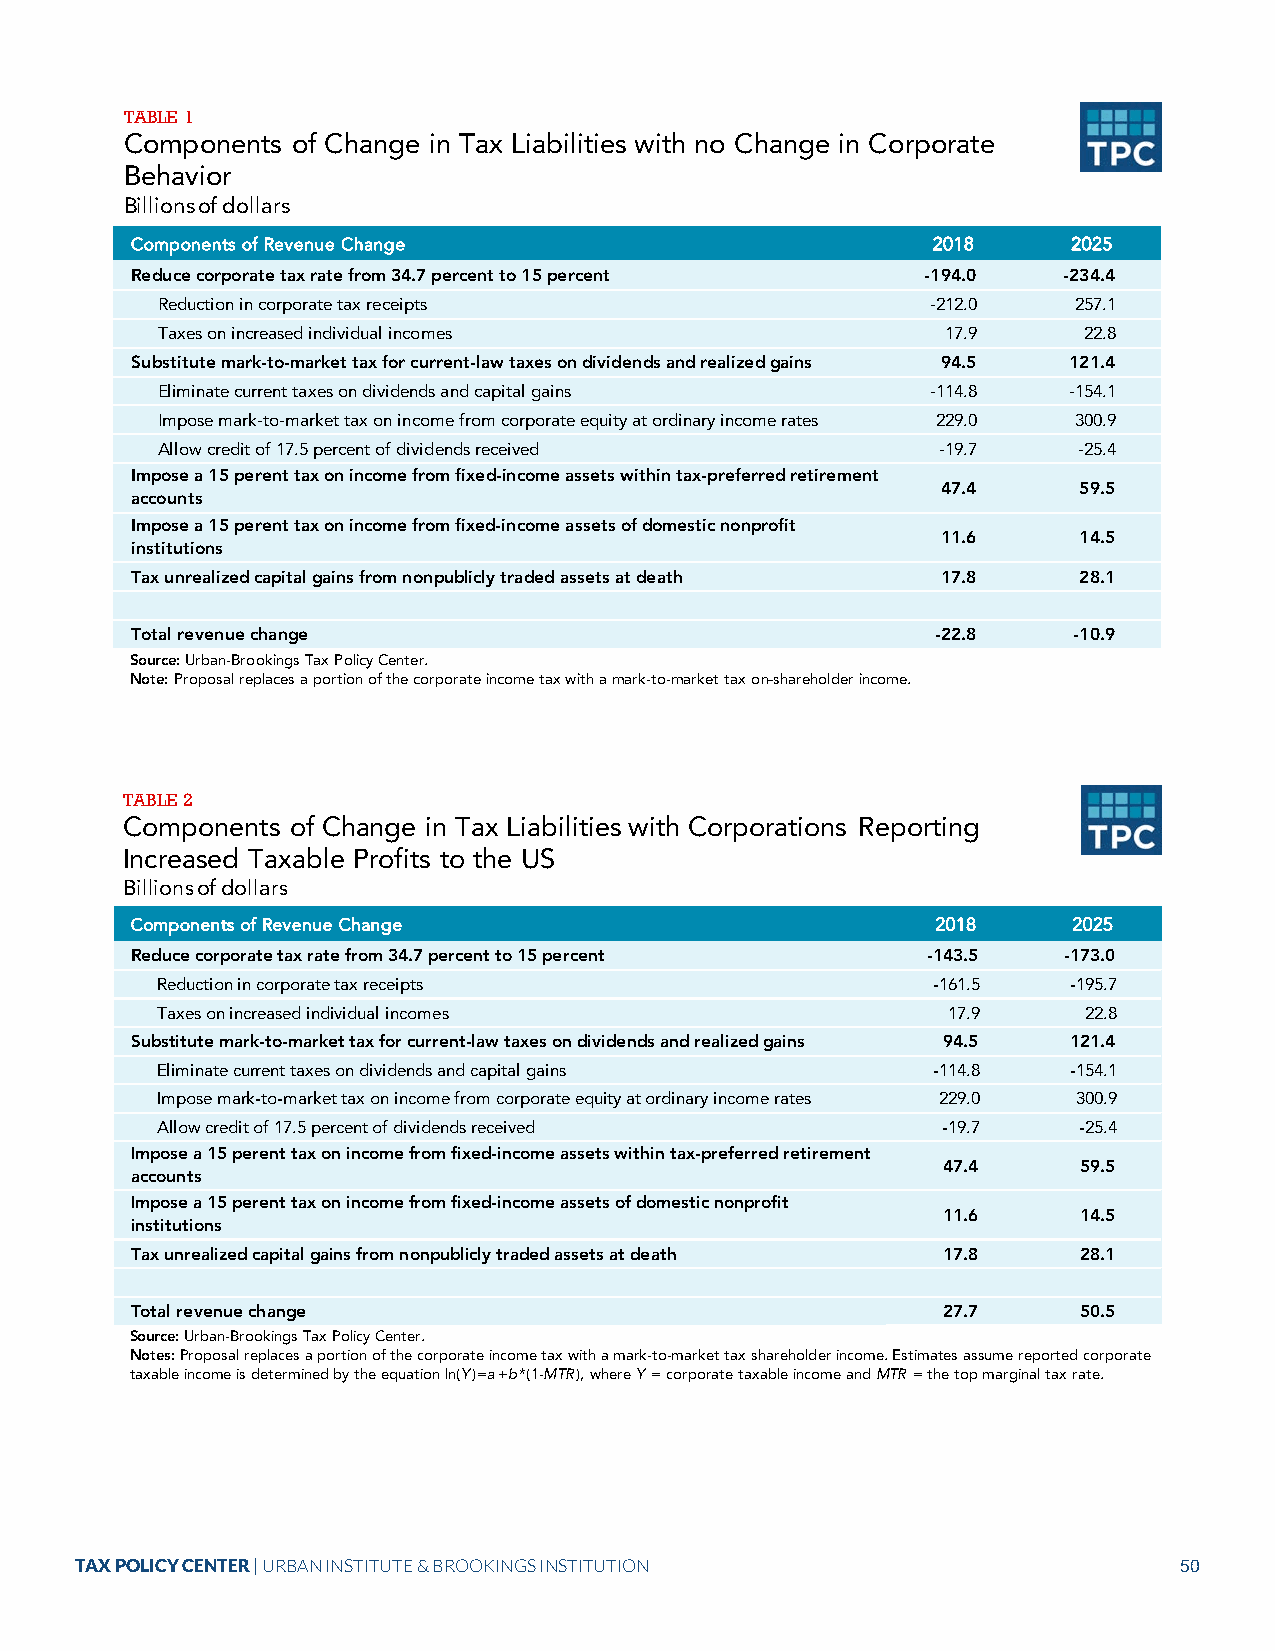
TABLE 1
 Components of Change in Tax Liabilities with no Change in Corporate
 Behavior
 Billions of dollars
 Components of Revenue Change                         2018     2025
 Reduce corporate tax rate from 34.7 percent to 15 percent -194.0 -234.4
 Reduction in corporate tax receipts                 -212.0   257.1
 Taxes on increased individual incomes                17.9     22.8
 Substitute mark-to-market tax for current-law taxes on dividends and realized gains 94.5 121.4
 Eliminate current taxes on dividends and capital gains -114.8 -154.1
 Impose mark-to-market tax on income from corporate equity at ordinary income rates 229.0 300.9
 Allow credit of 17.5 percent of dividends received  -19.7    -25.4
 Impose a 15 perent tax on income from fixed-income assets within tax-preferred retirement
 47.4     59.5
 accounts
 Impose a 15 perent tax on income from fixed-income assets of domestic nonprofit
 11.6     14.5
 institutions
 Tax unrealized capital gains from nonpublicly traded assets at death 17.8 28.1
 Total revenue change                                 -22.8    -10.9
 Source: Urban-Brookings Tax Policy Center.
 Note: Proposal replaces a portion of the corporate income tax with a mark-to-market tax on shareholder income.
 TABLE 2
 Components of Change in Tax Liabilities with Corporations Reporting
 Increased Taxable Profits to the US
 Billions of dollars
 Components of Revenue Change                         2018     2025
 Reduce corporate tax rate from 34.7 percent to 15 percent -143.5 -173.0
 Reduction in corporate tax receipts                 -161.5   -195.7
 Taxes on increased individual incomes                17.9     22.8
 Substitute mark-to-market tax for current-law taxes on dividends and realized gains 94.5 121.4
 Eliminate current taxes on dividends and capital gains -114.8 -154.1
 Impose mark-to-market tax on income from corporate equity at ordinary income rates 229.0 300.9
 Allow credit of 17.5 percent of dividends received  -19.7    -25.4
 Impose a 15 perent tax on income from fixed-income assets within tax-preferred retirement
 47.4      59.5
 accounts
 Impose a 15 perent tax on income from fixed-income assets of domestic nonprofit
 11.6      14.5
 institutions
 Tax unrealized capital gains from nonpublicly traded assets at death 17.8 28.1
 Total revenue change                                 27.7      50.5
 Source: Urban-Brookings Tax Policy Center.
 Notes: Proposal replaces a portion of the corporate income tax with a mark-to-market tax shareholder income. Estimates assume reported corporate
 taxable income is determined by the equation ln(Y)=a+b*(1-MTR), where Y = corporate taxable income and MTR = the top marginal tax rate.
 TAX POLICY CENTER | URBAN INSTITUTE & BROOKINGS INSTITUTION              50